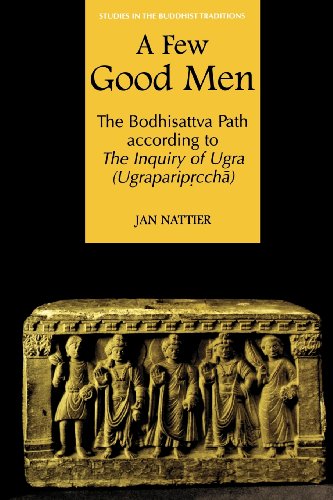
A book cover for A Few Good Men (Studies in the Buddhist Traditions); Jan Nattier; Religion & Spirituality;